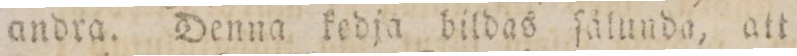
andra. Denna kedja bildas ſålunda, att